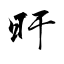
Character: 旴